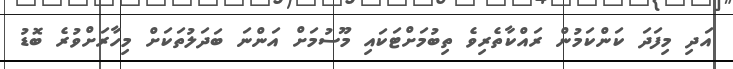
އަދި މިފަދަ ކަންކަމުން ރައްކާތެރިވެ ތިބުމަށްޓަކައި މޫސުމަށް އަންނަ ބަދަލުތަކަށް މިހާރަށްވުރެ ބޮޑު